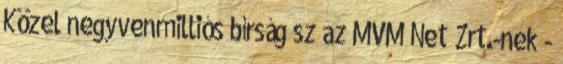
Közel negyvenmilliós bírság sz az MVM Net Zrt.-nek -